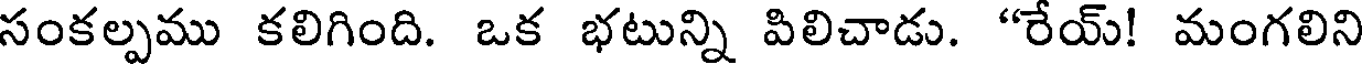
సంకల్పము కలిగింది. ఒక భటున్ని పిలిచాడు. "రేయ్! మంగలిని